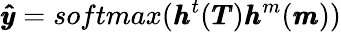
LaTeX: \pmb{\hat{y}}=softmax(\pmb{h}^{t}(\pmb{T})\pmb{h}^{m}(\pmb{m}))